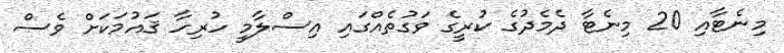
މިނެޓާއި 20 މިނެޓާ ދެމެދުގެ ކުރީގެ ވަގުތެއްގައި އިސްލާމީ ހުރިހާ ޤައުމަކަށް ވެސް